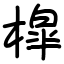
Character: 槹